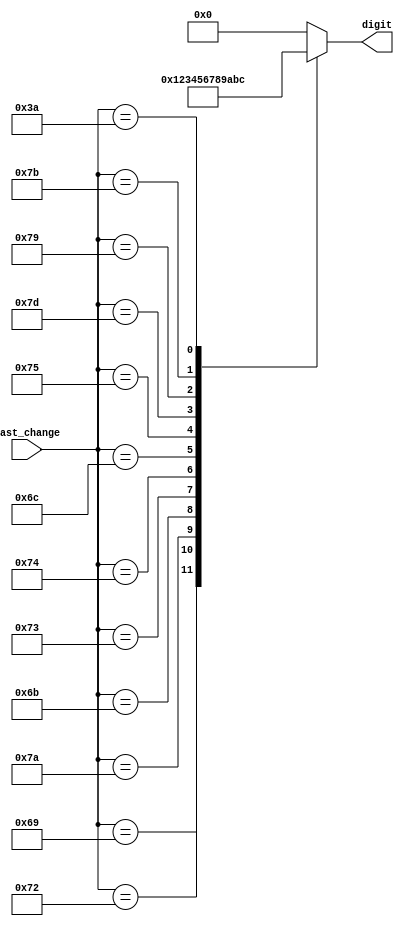
`timescale 1ns / 1ps
//////////////////////////////////////////////////////////////////////////////////
// Company: 
// Engineer: 
// 
// Design Name: 
// Module Name: last_change_decoder
// Project Name: 
// Target Devices: 
// Tool Versions: 
// Description: 
// 
// Dependencies: 
// 
// Revision:
// Revision 0.01 - File Created
// Additional Comments:
// 
//////////////////////////////////////////////////////////////////////////////////


module last_change_decoder(last_change, digit);
    input [8:0] last_change;
    output [3:0] digit;
    
    reg [3:0] digit;
    
    always @* begin
        case(last_change)
            9'h70: digit = 4'd0;
            9'h69: digit = 4'd1;
            9'h72: digit = 4'd2;
            9'h7A: digit = 4'd3;
            9'h6B: digit = 4'd4;
            9'h73: digit = 4'd5;
            9'h74: digit = 4'd6;
            9'h6C: digit = 4'd7;
            9'h75: digit = 4'd8;
            9'h7D: digit = 4'd9;
            
            9'h79: digit = 4'd10;
            9'h7B: digit = 4'd11;
            9'h3A: digit = 4'd12;
            
            default: digit = 4'd0;
        endcase
    end
endmodule